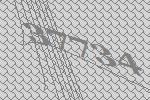
37734